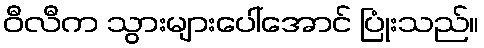
ဝီလီက သွားများပေါ်အောင် ပြုံးသည်။